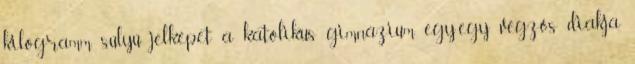
kilogramm súlyú jelképet a katolikus gimnázium egy-egy végzős diákja